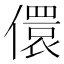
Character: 儇